Lunatic asylums Central Provinces reports 1886-1894 - 1886-1894
Year: 1886
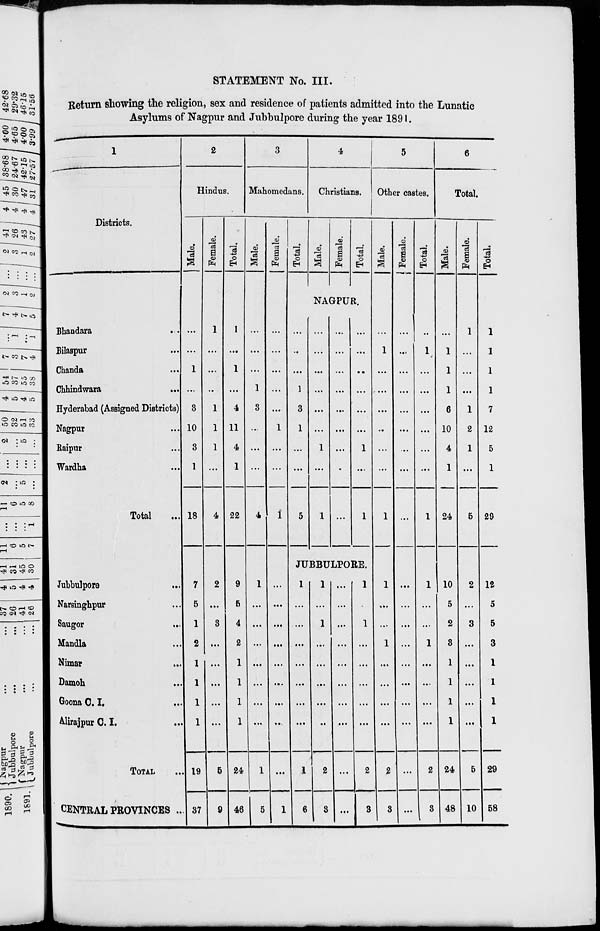
STATEMENT No. III.
Return showing the religion, sex and residence of patients admitted into the Lunatic
Asylums of Nagpur and Jubbulpore during the year 1891.
1
Districts.
Bhandara ...
Bilaspur ...
Chanda ...
Chhindwara
...
Hyderabad (Assigned Districts)
Nagpur ...
Raipur ...
Wardha ...
Total ...
Jubbulpore ...
Narsinghpur ...
Saugor ...
Mandla ...
Nimar ...
Damoh
...
Goona C.I.
Alirajpur C.I.
TOTAL ...
CENTRAL PROVINCES ...
2
Hindus.
Male.
...
...
1
...
3
10
3
1
18
7
5
1
2
1
1
1
1
19
37
Female.
1
...
...
...
1
1
1
...
4
2
...
3
...
...
...
...
...
5
9
Total.
1
...
1
...
4
11
4
1
22
9
5
4
2
1
1
1
1
24
46
3
Mahomedans.
Male.
...
...
...
1
3
...
...
...
4
1
...
...
...
...
...
...
...
1
5
Female.
...
...
...
...
...
1
...
...
1
...
...
...
...
...
...
...
...
...
1
Total.
4
Christians.
Male.
Female.
Total.
NAGPUR.
...
...
...
1
3
1
...
...
5
...
...
...
...
...
...
1
...
1
...
...
...
...
...
...
...
...
...
...
...
...
...
...
...
1
...
1
JUBBULPORE.
1
...
...
...
...
...
...
...
1
6
1
...
1
...
...
...
...
...
2
3
...
...
...
...
...
...
...
...
...
...
1
...
1
...
...
...
...
...
2
3
5
Other castes.
Male.
...
1
...
...
...
...
...
...
1
1
...
...
1
...
...
...
...
2
3
Female.
...
...
...
...
...
...
...
...
...
...
...
...
...
...
...
...
...
...
...
Total.
...
1
...
...
...
...
...
...
1
1
...
...
1
...
...
...
...
2
3
6
Total.
Male.
...
1
1
1
6
10
4
1
24
10
5
2
3
1
1
1
1
24
48
Female.
1
...
...
...
1
2
1
...
5
2
...
3
...
...
...
...
...
5
10
Total.
1
1
1
1
7
12
5
1
29
12
5
5
3
1
1
1
1
29
58